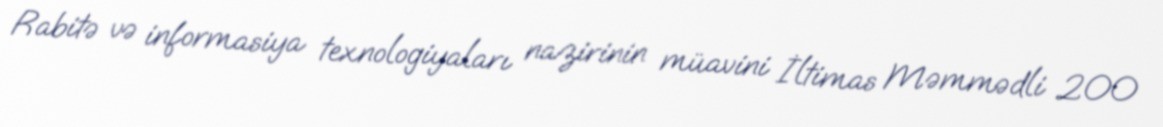
Rabitə və informasiya texnologiyaları nazirinin müavini İltimas Məmmədli 200